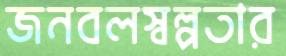
জনবলস্বল্পতার